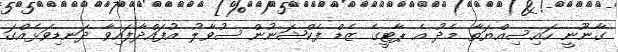
ގާނޫނީ ހައިސިއްޔަތާ މެދު އެ ޕާޓީގެ ޒެޑް ފެކްޝަނުން ސުވާލު އުފައްދާފައިވާ ދަނޑިވަޅެއްގަ